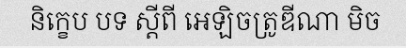
និក្ខេប បទ ស្តីពី អេឡិចត្រូឌីណា មិច